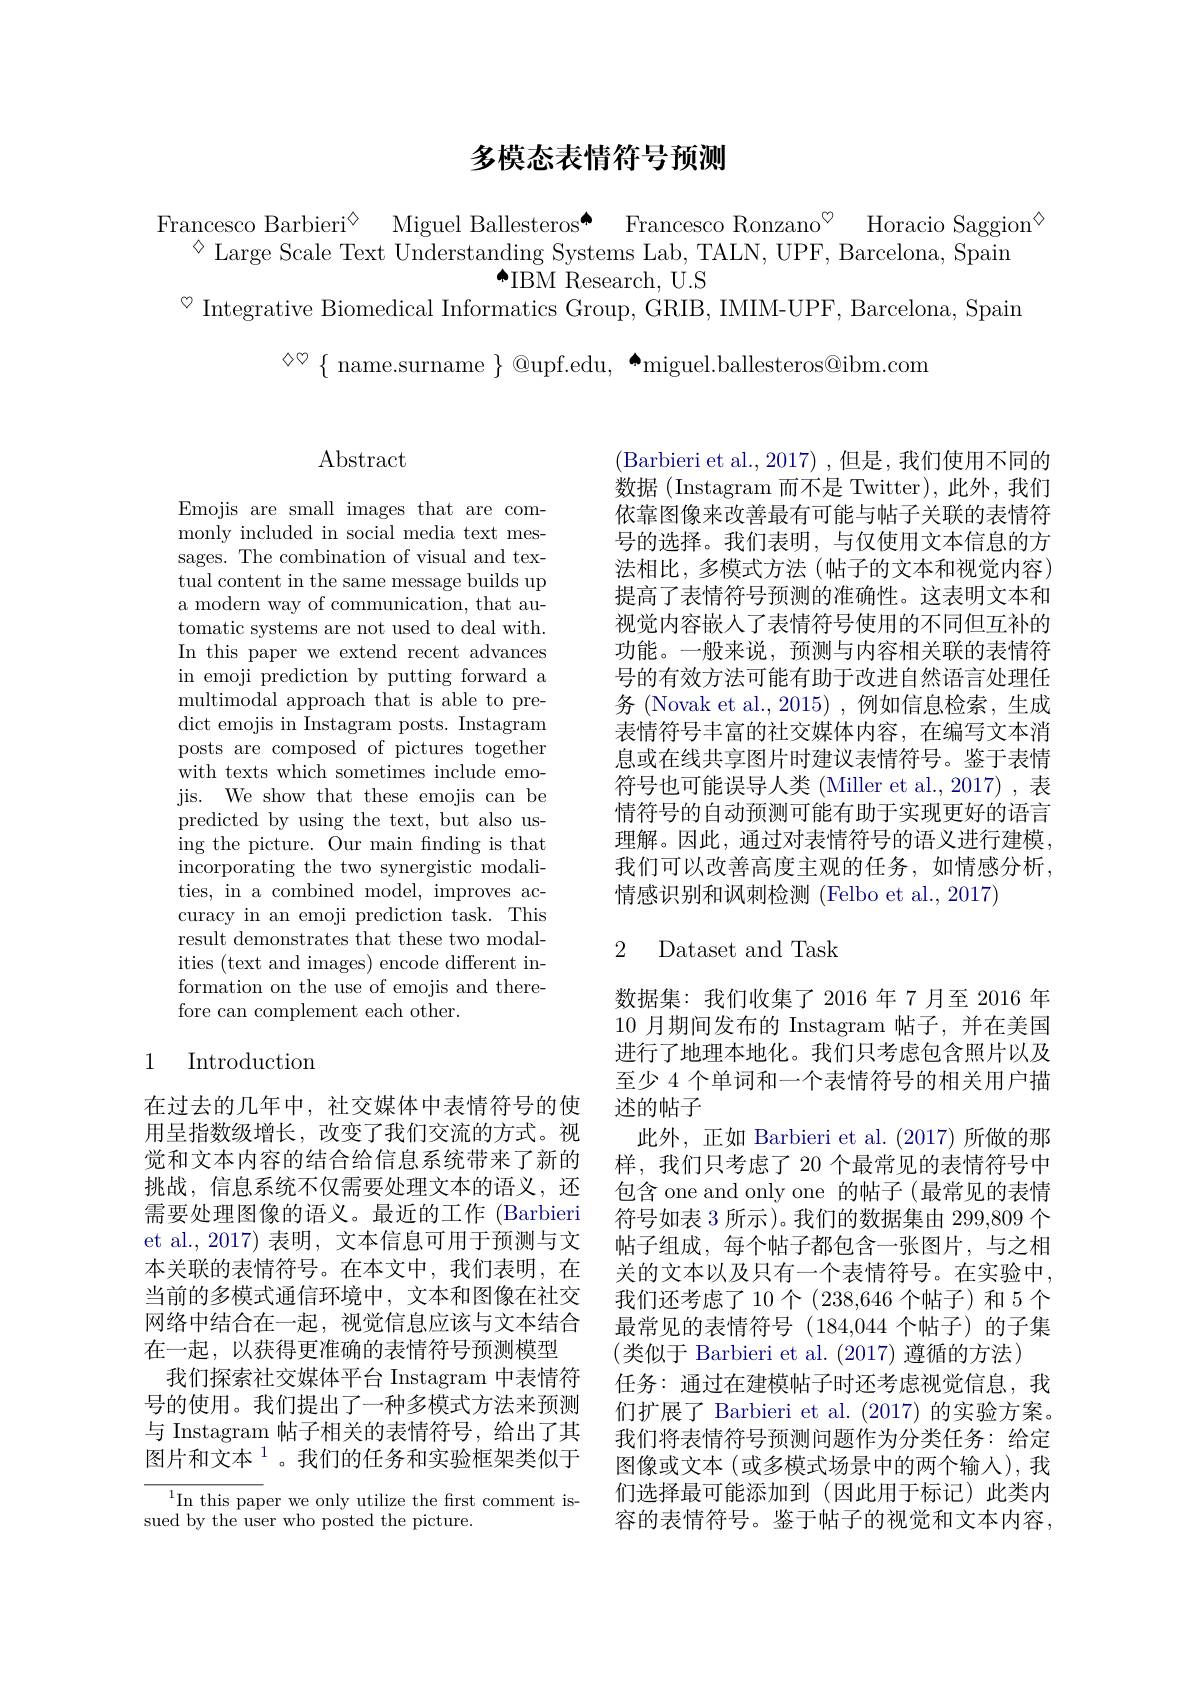
# 多模态表情符号预测

Francesco Barbieri$^{\textcircled {\mathrm{s} }}$ Miguel Ballesteros[INDEX] Francesco Ronzano$^{\textcircled {\mathrm{s} }}$ Horacio Saggion$^{\textcircled{\mathrm{s}}}$
$^{\diamond}$ Large Scale Text Understanding Systems Lab, TALN, UPF, Barcelona, Spain
$\overset{\bullet}{\operatorname*{\operatorname*{\operatorname*{IBM}}}}$ Research, $\overset{\bullet}{\operatorname*{\operatorname*{U.S}}}$
$^{\heartsuit}$ Integrative Biomedical Informatics Group, GRIB, IMIM-UPF, Barcelona, Spain

$\diamond\heartsuit\{$ name.surname $\}$ @upf.edu, $\spadesuit$miguel.ballesteros@ibm.com

## $\operatorname{Abstract}$

Emojis are small images that are commonly included in social media text messages. The combination of visual and textual content in the same message builds up a modern way of communication, that automatic systems are not used to deal with. In this paper we extend recent advances in emoji prediction by putting forward a multimodal approach that is able to predict emojis in Instagram posts. Instagram posts are composed of pictures together with texts which sometimes include emojis. We show that these emojis can be predicted by using the text, but also using the picture. Our main fnding is that incorporating the two synergistic modalities, in a combined model, improves accuracy in an emoji prediction task. This result demonstrates that these two modalities (text and images) encode different information on the use of emojis and therefore can complement each other.

## 1 Introduction

在过去的几年中，社交媒体中表情符号的使用呈指数级增长，改变了我们交流的方式。视觉和文本内容的结合给信息系统带来了新的挑战，信息系统不仅需要处理文本的语义，还需要处理图像的语义。最近的工作 (Barbieri et al., 2017) 表明，文本信息可用于预测与文本关联的表情符号。在本文中，我们表明，在当前的多模式通信环境中，文本和图像在社交网络中结合在一起，视觉信息应该与文本结合在一起，以获得更准确的表情符号预测模型
我们探索社交媒体平台 Instagram 中表情符号的使用。我们提出了一种多模式方法来预测与 Instagram 帖子相关的表情符号，给出了其图片和文本$^{1}$。我们的任务和实验框架类似于

${}^{1}$In this paper we only utilize the first comment is-
sued by the user who posted the picture.

(Barbieri et al., 2017) ,但是，我们使用不同的数据(Instagram 而不是 Twitter),此外，我们依靠图像来改善最有可能与帖子关联的表情符号的选择。我们表明，与仅使用文本信息的方法相比，多模式方法(帖子的文本和视觉内容) 提高了表情符号预测的准确性。这表明文本和视觉内容嵌入了表情符号使用的不同但互补的功能。一般来说，预测与内容相关联的表情符号的有效方法可能有助于改进自然语言处理任务 (Novak et al., 2015) , 例如信息检索，生成表情符号丰富的社交媒体内容，在编写文本消息或在线共享图片时建议表情符号。鉴于表情符号也可能误导人类 (Miller et al., 2017) , 表情符号的自动预测可能有助于实现更好的语言理解。因此，通过对表情符号的语义进行建模我们可以改善高度主观的任务，如情感分析， 情感识别和讽刺检测 (Felbo et al., 2017)

# 2 Dataset and Task

数据集：我们收集了2016年7月至 2016 年10月期间发布的 Instagram 帖子，并在美国进行了地理本地化。我们只考虑包含照片以及至少 4 个单词和一个表情符号的相关用户描述的帖子
此外，正如 Barbieri et al.(2017)所做的那样，我们只考虑了 20 个最常见的表情符号中包含 one and only one 的帖子(最常见的表情符号如表 3 所示)。我们的数据集由 299,809 个帖子组成，每个帖子都包含一张图片，与之相关的文本以及只有一个表情符号。在实验中， 我们还考虑了10 个(238,646 个帖子)和 5 个最常见的表情符号(184,044 个帖子)的子集(类似于 Barbieri et al.(2017)遵循的方法)
任务：通过在建模帖子时还考虑视觉信息，我们扩展了 Barbieri et al. (2017) 的实验方案。我们将表情符号预测问题作为分类任务：给定图像或文本 (或多模式场景中的两个输入),我们选择最可能添加到(因此用于标记)此类内容的表情符号。鉴于帖子的视觉和文本内容，